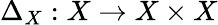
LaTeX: \Delta_{X}:X\to X\times X